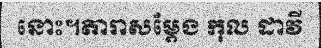
នោះ។តារាសម្តែង កុល ដាវី